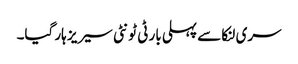
سری لنکا سے پہلی بار ٹی ٹونٹی سیریز ہار گیا۔